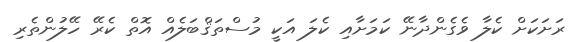
ރަށަކަށް ކެލާ ވެގެންދާނޭ ކަމަށާއި ކެލަ އަކީ މުސްތަޤްބަލެއް އޮތް ކެރޭ ހޭލުންތެރި